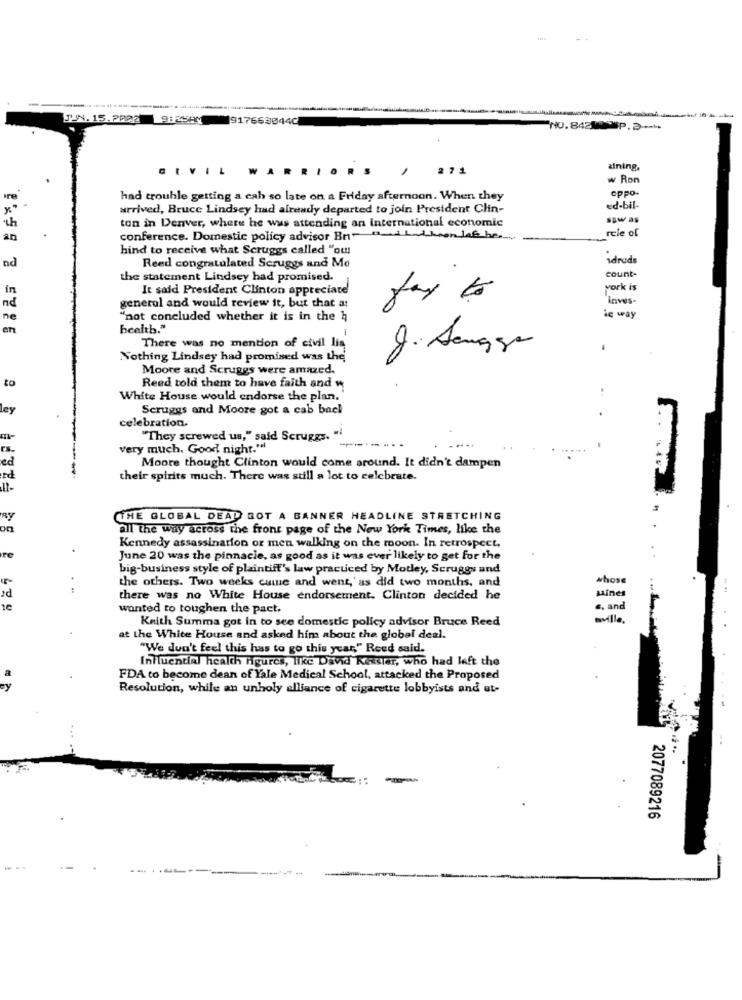
JUN. 15.2002 9:25AM
1917668044C
NO. 842M. P.3
271
aining.
w Ron
eppo.
had trouble getting a cah so late on a Friday afternoon. When they
arrived, Bruce Lindsey had already departed to join President Clin-
ed-bil-
saw as
ih
ton in Denver, where he was attending an international economic
rele of
conference. Domestic policy advisor Bn- Bi Lation lab be ..
hind to receive what Scruggs called "ou !!
idroda
ad
Reed congratulated Scruggs and Mo
the statement Lindsey had promised.
count-
in
It said President Clinton appreciate
york is
fax to
inves.
nd
general and would review it, but that at
ne
"not concluded whether it is in the h
le way
health."
There was no mention of civil lia
J. Sengue
Nothing Lindsey had promised was the
Moore and Scruggs were amazed.
to
Reed told them to have faith and w
White House would endorse the plan.
ley
Scruggs and Moore got a cab back
celebration.
"They screwed us," said Scruggs, ".
very much. Good night."
ed
Moore thought Clinton would come around. It didn't dampen
rd
their spirits much. There was still a lot to celebrate.
ay
THE GLOBAL DEAD GOT A BANNER HEADLINE STRETCHING
all the way across the front page of the New York Times, like the
Kennedy assassination or men walking on the moon. In retrospect,
re
June 20 was the pinnacle, as good as it was ever likely to get for the
big-business style of plaintiff's law practiced by Motley, Scruggs and
the others. Two weeks came and went, as did two months, and
whose
there was no White House endorsement. Clinton decided he
saines
1€
wanted to toughen the pact.
s. and
Keith Summa got in to see domestic policy advisor Bruce Reed
wville
at the White House and asked him about the global deal.
"We don't feel this has to go this year," Reed said.
Influential health figures, like David Kessler, who had left the
FDA to become dean of Yale Medical School, attacked the Proposed
Resolution, while an unholy alliance of cigarette lobbyists and ut-
2077089216